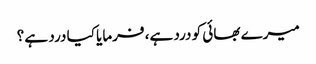
میرے بھائی کو درد ہے، فرمایا کیا درد ہے ؟